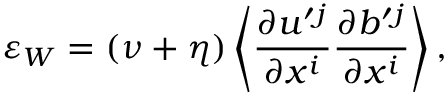
\varepsilon _ { W } = ( \nu + \eta ) \left\langle { \frac { \partial u ^ { \prime } { } ^ { j } } { \partial x ^ { i } } \frac { \partial b ^ { \prime } { } ^ { j } } { \partial x ^ { i } } } \right\rangle ,